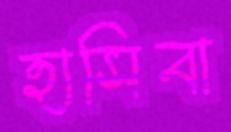
হাসিবা